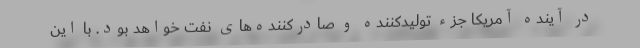
در آینده آمریکا جزء تولیدکننده و صادرکننده‌های نفت خواهد بود. با این